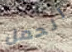
الحمل